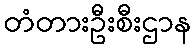
တံတားဦးစီးဌာန